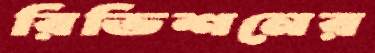
রিভিশনের